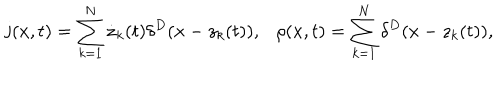
LaTeX: { \bf j } ( x , t ) = \sum _ { k = 1 } ^ { N } \dot { \bf z } _ { k } ( t ) \delta ^ { D } ( x - z _ { k } ( t ) ) , \rho ( x , t ) = \sum _ { k = 1 } ^ { N } \delta ^ { D } ( x - z _ { k } ( t ) ) ,